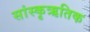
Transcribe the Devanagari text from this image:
सांस्कृऋतिक